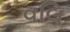
વલિ